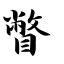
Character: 瞥